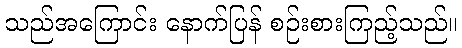
သည်အကြောင်း နောက်ပြန် စဉ်းစားကြည့်သည်။